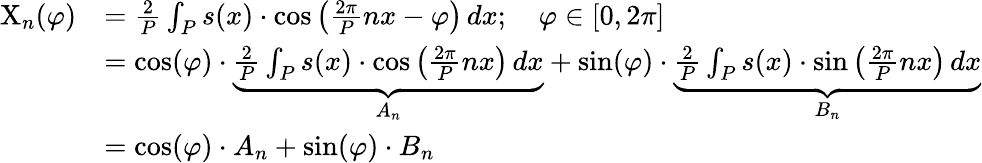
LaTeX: {\begin{array}{rl}{\mathrm{X}_{n}(\varphi)}&{={\frac{2}{P}}\int_{P}s(x)\cdot\cos\left({\frac{2\pi}{P}}nx-\varphi\right)\, dx;\quad\varphi\in[0,2\pi]}\\ &{=\cos(\varphi)\cdot\underbrace{{\frac{2}{P}}\int_{P}s(x)\cdot\cos\left({\frac{2\pi}{P}}nx\right)\, dx}_{A_{n}}+\sin(\varphi)\cdot\underbrace{{\frac{2}{P}}\int_{P}s(x)\cdot\sin\left({\frac{2\pi}{P}}nx\right)\, dx}_{B_{n}}}\\ &{=\cos(\varphi)\cdot A_{n}+\sin(\varphi)\cdot B_{n}}\end{array}}